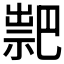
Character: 𥛁